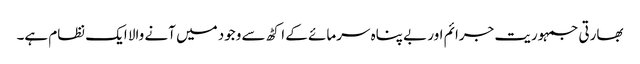
بھارتی جمہوریت جرائم اور بے پناہ سرمائے کے اکٹھ سے وجود میں آنے والا ایک نظام ہے۔